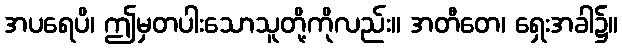
အပရေပိ၊ ဤမှတပါးသောသူတို့ကိုလည်း။ အတီတေ၊ ရှေးအခါ၌။